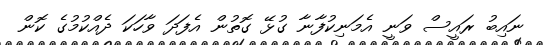
ނައިބު ރައީސް ވަނީ އެމަނިކުފާނާ ގުޅޭ ގޮތުން އެފަދަ ވާހަކަ ދެއްކުމުގެ ކޮން